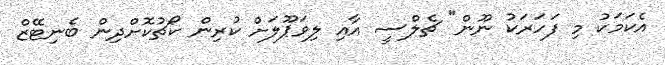
އެކަމަކު މި ފަހަރަކު ނޫން" ޗެލްސީ އާއި ލިވަޕޫލަށް ކުރިން ކޯޗުކޮށްދިން ބެނިޓޭޒް